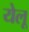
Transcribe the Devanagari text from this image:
येलू